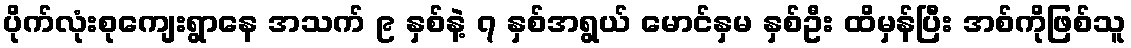
ပိုက်လုံးစုကျေးရွာနေ အသက် ၉ နှစ်နဲ့ ၇ နှစ်အရွယ် မောင်နှမ နှစ်ဦး ထိမှန်ပြီး အစ်ကိုဖြစ်သူ